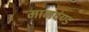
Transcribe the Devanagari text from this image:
मानदंण्ड